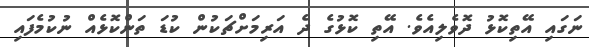
ނަގައި އޭތިކޮޅު ދޮވެލިއެވެ. އޭތި ކޮޅުގެ ދެ އަރިމަށްޗަކުން ކުޑަ ތަންކޮޅެއް ނުކުމެފައި